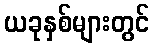
ယခုနှစ်များတွင်